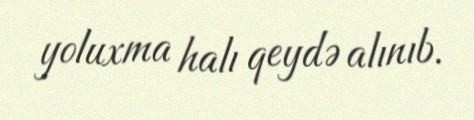
yoluxma halı qeydə alınıb.